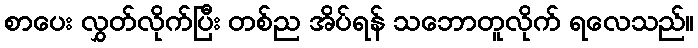
စာပေး လွှတ်လိုက်ပြီး တစ်ည အိပ်ရန် သဘောတူလိုက် ရလေသည်။